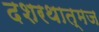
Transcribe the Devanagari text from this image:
दशरथात्मज